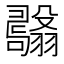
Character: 𦒫